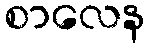
စာလေန